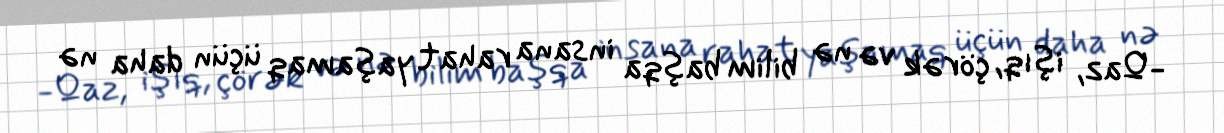
-Qaz, işıq, çörək və nə bilim başqa insana rahat yaşamaq üçün daha nə